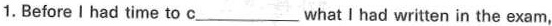
1.BeforeI had time to c___what I had writen in the exam,